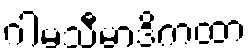
ဂါမသီမာဒိကထာ